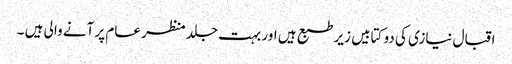
اقبال نیازی کی دو کتابیں زیر طبع ہیں اور بہت جلد منظر عام پر آنے والی ہیں ۔